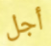
أجل